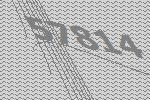
57814